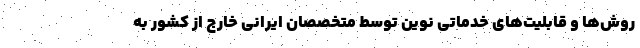
روش‌ها و قابلیت‌های خدماتی نوین توسط متخصصان ایرانی خارج از کشور به